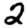
Digit: 2